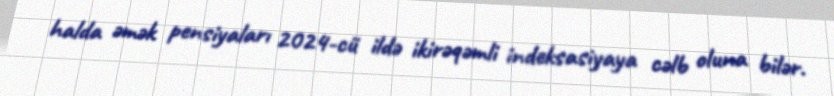
halda əmək pensiyaları 2024-cü ildə ikirəqəmli indeksasiyaya cəlb oluna bilər.